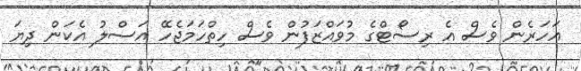
އަހަރެން ވެސް އެ ރިސޯޓްގެ މުވައްޒަފުން ވެސް ހިތްހަމަޖެހޭ އަސްލު އެކަން ދިޔަ